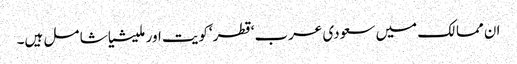
ان مما لک میں سعودی عرب‘قطر‘کویت اور ملیشیا شا مل ہیں۔